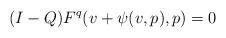
LaTeX: \begin{align*}(I-Q)F^q(v + \psi(v,p),p) = 0\end{align*}